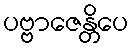
ပဗ္ဗာဇေန္တိပေ